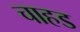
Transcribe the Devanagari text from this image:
चाहड